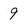
Character: 9